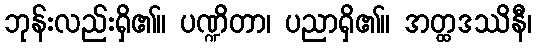
ဘုန်းလည်းရှိ၏။ ပဏ္ဍိတာ၊ ပညာရှိ၏။ အတ္ထဒဿိနီ၊